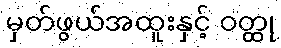
မှတ်ဖွယ်အထူးနှင့် ဝတ္ထု